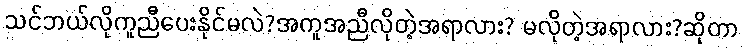
သင်ဘယ်လိုကူညီပေးနိုင်မလဲ?အကူအညီလိုတဲ့အရာလား? မလိုတဲ့အရာလား?ဆိုတာ